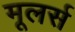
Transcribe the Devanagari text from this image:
मूलर्स